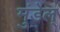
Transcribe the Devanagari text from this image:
मुंडेल्